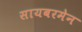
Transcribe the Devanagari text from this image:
सायबरमेन